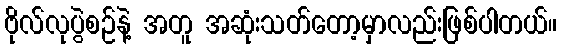
ဗိုလ်လုပွဲစဉ်နဲ့ အတူ အဆုံးသတ်တော့မှာလည်းဖြစ်ပါတယ်။